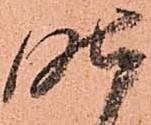
昨